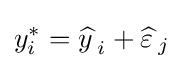
y_{i}^{*}={\widehat {y\,}}_{i}+{\widehat {\varepsilon \,}}_{j}